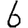
Digit: 6